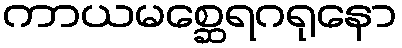
ကာယမစ္ဆေရဂရုနော